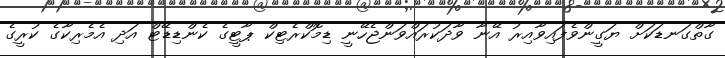
ގާތްގަނޑަކަށް ޔަގީންވެފައިވާއިރު އޭނާ ވާދަކުރައްވަންޖެހޭނީ ޑިމޮކްރެޓިކް ޕާޓީގެ ކެންޑިޑޭޓް އަދި އެމެރިކާގެ ކުރީގެ